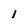
Character: i